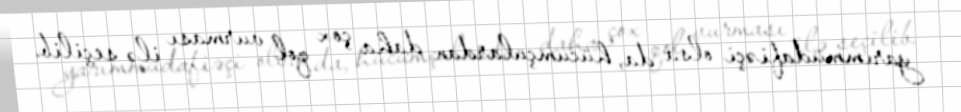
yarımmüdafiəçi olsa da, hücumçulardan daha çox qol vurması ilə seçilib.